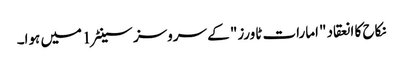
نکاح کا انعقاد "امارات ٹاورز" کے سروسز سینٹر 1میں ہوا۔